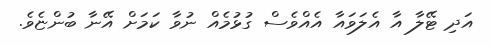
އަދި ޓޭލާ އާ އެލަވައާ އެއްވެސް ގުޅުމެއް ނުވާ ކަމަށް އޭނާ ބުންޏެވެ.